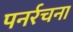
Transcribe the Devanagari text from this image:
पनर्रचना